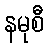
နမုစီ